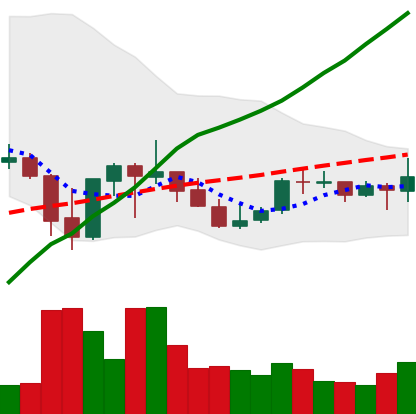
Ticker: ADA-USD
Chart end date: 2021-10-07
Forward return: -6.93%
Label: down_5_7